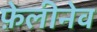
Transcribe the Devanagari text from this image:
फ़ेलीनेव